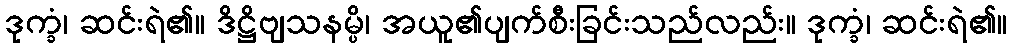
ဒုက္ခံ၊ ဆင်းရဲ၏။ ဒိဋ္ဌိဗျသနမ္ပိ၊ အယူ၏ပျက်စီးခြင်းသည်လည်း။ ဒုက္ခံ၊ ဆင်းရဲ၏။